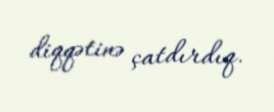
diqqətinə çatdırdıq.